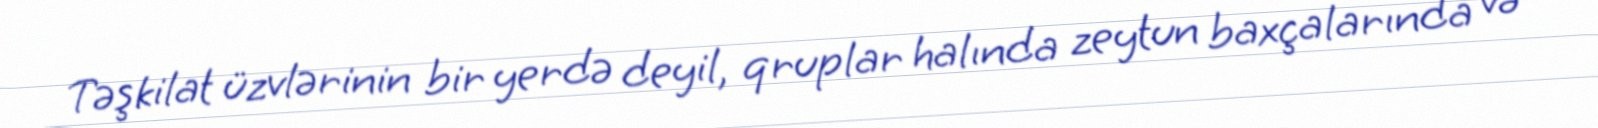
Təşkilat üzvlərinin bir yerdə deyil, qruplar halında zeytun baxçalarında və